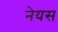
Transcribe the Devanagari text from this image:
नेयस